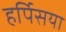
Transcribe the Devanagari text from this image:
हर्पिसया